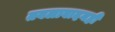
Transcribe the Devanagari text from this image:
तबलावादनही